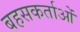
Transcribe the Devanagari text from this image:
बहसकर्ताओं